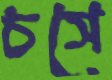
চসে